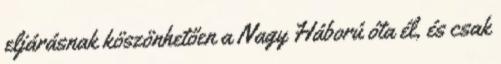
eljárásnak köszönhetően a Nagy Háború óta él, és csak